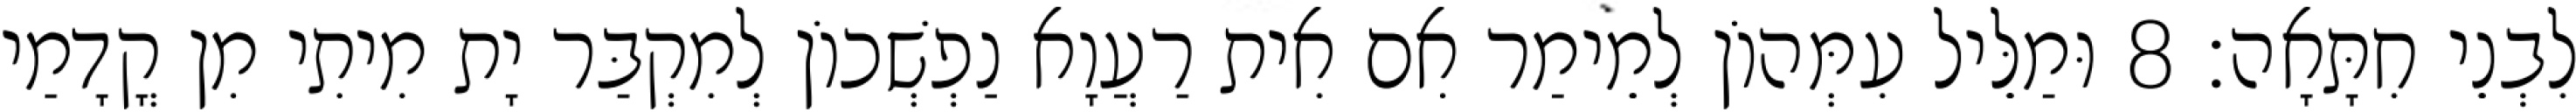
לִבְנֵי חִתָּאָה׃ 8 וּמַלֵּיל עִמְּהוֹן לְמֵימַר אִם אִית רַעֲוָא נַפְשְׁכוֹן לְמִקְבַּר יָת מִיתִי מִן קֳדָמַי